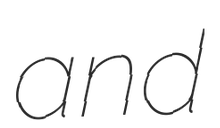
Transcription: and